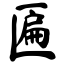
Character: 匾